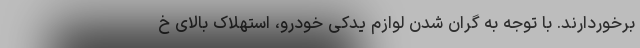
برخوردارند. با توجه به گران شدن لوازم یدکی خودرو، استهلاک بالای خ